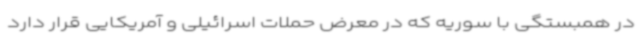
در همبستگی با سوریه که در معرض حملات اسرائیلی و آمریکایی قرار دارد